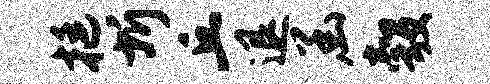
挺圻丘退函彀